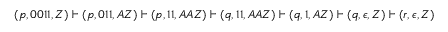
( p , 0 0 1 1 , Z ) \vdash ( p , 0 1 1 , A Z ) \vdash ( p , 1 1 , A A Z ) \vdash ( q , 1 1 , A A Z ) \vdash ( q , 1 , A Z ) \vdash ( q , \epsilon , Z ) \vdash ( r , \epsilon , Z )